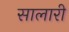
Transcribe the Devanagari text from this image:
सालारी